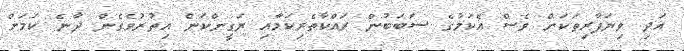
އަދި ވިޔަފާރިތަކަށް ވެސް އެކަމުގެ ސަބަބުން ރައްކާތެރިކަމާއި ޔަގީންކަން އިތުރުވެގެން ދާނެ ކަމަށް